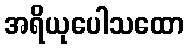
အရိယုပေါသထော